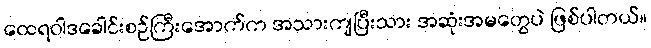
ထေရဝါဒခေါင်းစဉ်ကြီးအောက်က အသားကျပြီးသား အဆုံးအမတွေပဲ ဖြစ်ပါတယ်။